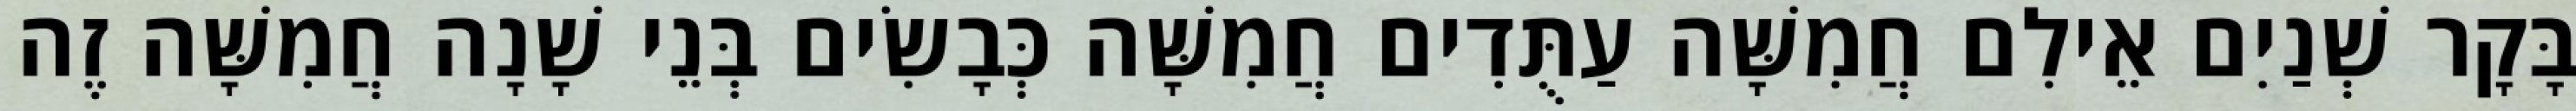
בָּקָר שְׁנַיִם אֵילִם חֲמִשָּׁה עַתֻּדִים חֲמִשָּׁה כְּבָשִׂים בְּנֵי שָׁנָה חֲמִשָּׁה זֶה